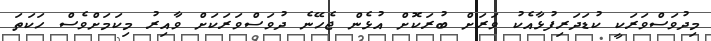
މިދުވަސްވަރަކީ ކުޑަދަރިފުޅާއެކު ވަރަށް ބުރަކޮށް އުޅެން ޖެހޭނެ ދުވަސްވަރަކަށް ވާއިރު މިކަމަށްވެސް ހަކަތަ